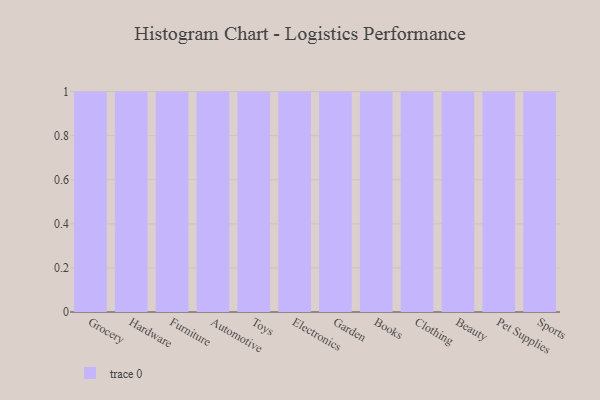
{"axis": {"x": "Category", "y": "Operating Costs (USD K)"}, "legend": [""], "data": [{"x": "Grocery", "y": 2, "type": ""}, {"x": "Hardware", "y": 34, "type": ""}, {"x": "Furniture", "y": 74, "type": ""}, {"x": "Automotive", "y": 22, "type": ""}, {"x": "Toys", "y": 60, "type": ""}, {"x": "Electronics", "y": 72, "type": ""}, {"x": "Garden", "y": 36, "type": ""}, {"x": "Books", "y": 74, "type": ""}, {"x": "Clothing", "y": 13, "type": ""}, {"x": "Beauty", "y": 8, "type": ""}, {"x": "Pet Supplies", "y": 96, "type": ""}, {"x": "Sports", "y": 70, "type": ""}]}